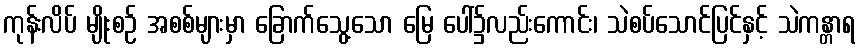
ကုန်းလိပ် မျိုးစဉ် အစစ်များမှာ ခြောက်သွေ့သော မြေ ပေါ်၌လည်းကောင်း၊ သဲစပ်သောင်ပြင်နှင့် သဲကန္တာရ